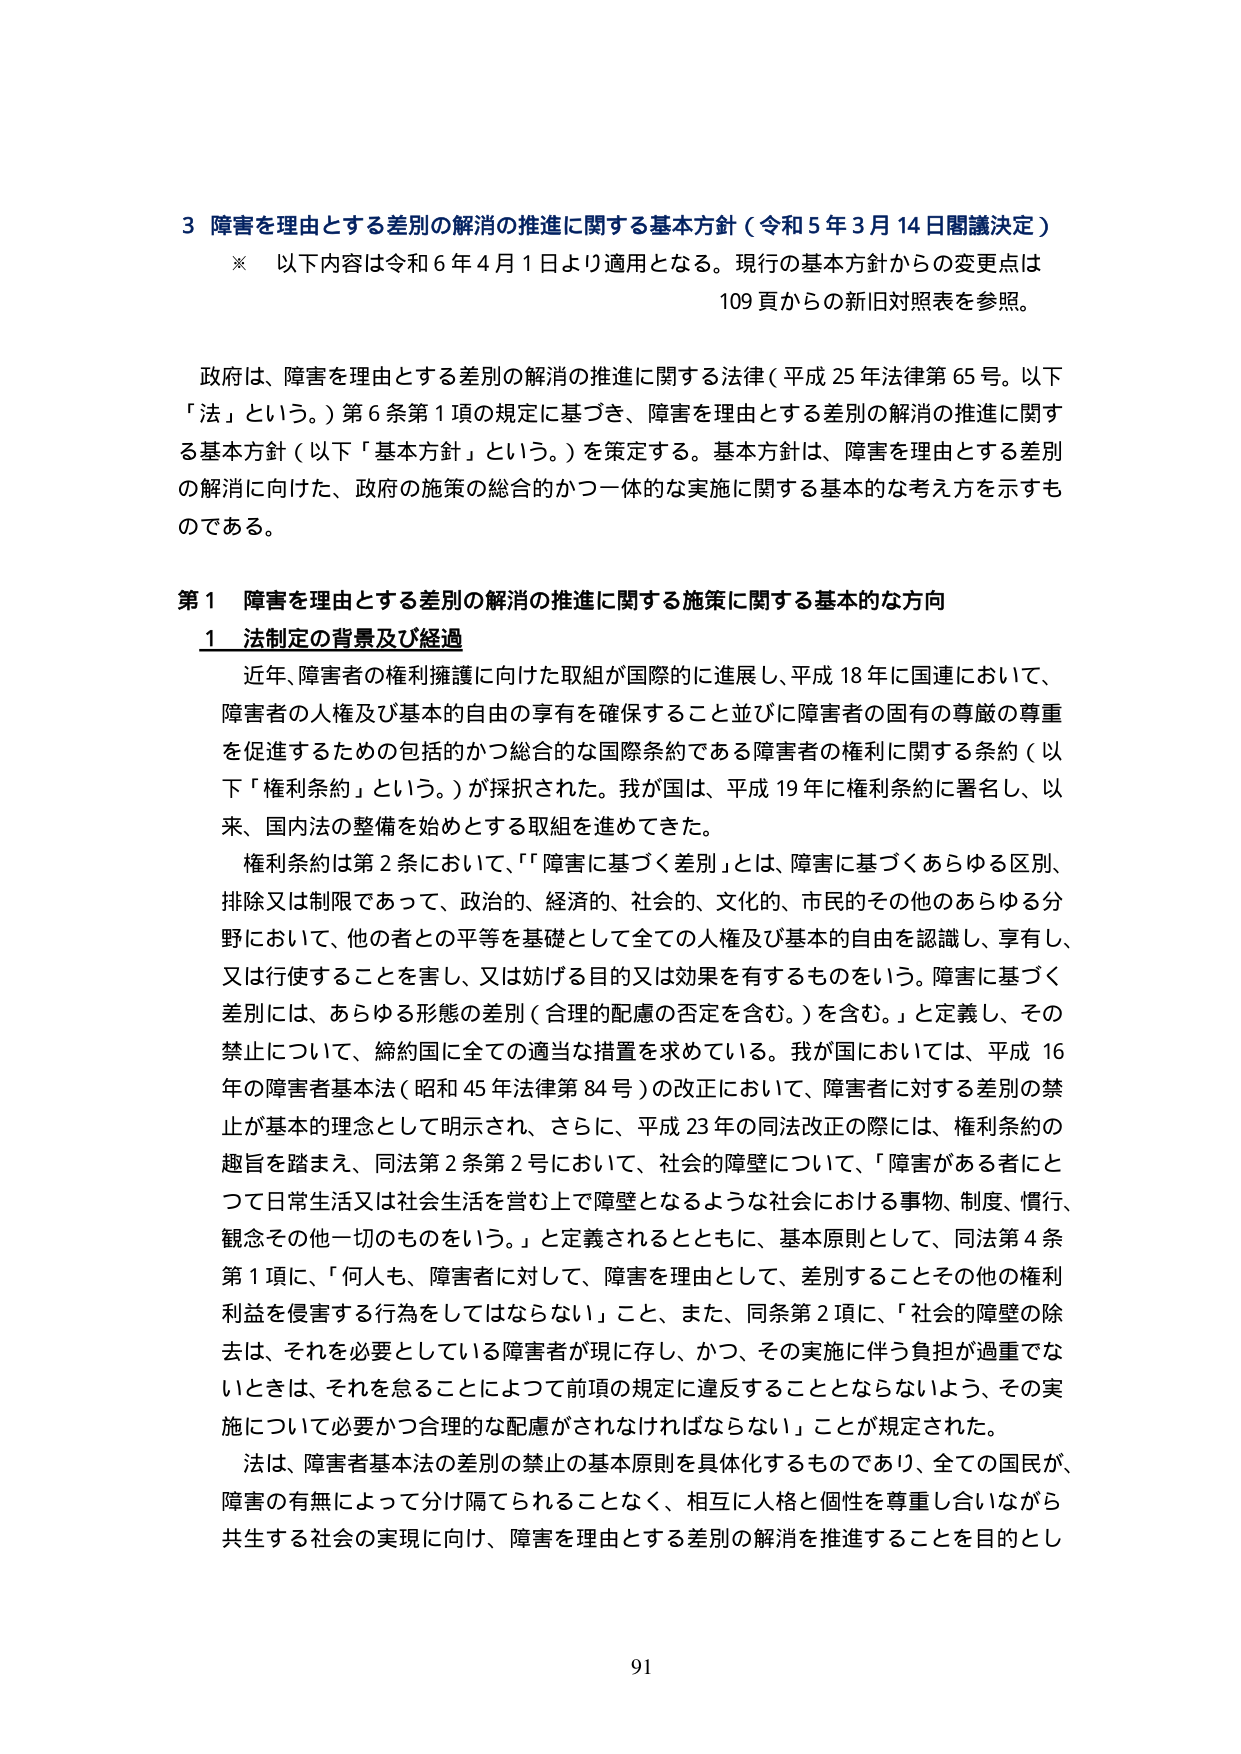
3 障害を理由とする差別の解消の推進に関する基本方針（令和5年3月14日閣議決定）

※ 以下内容は令和6年4月1日より適用となる。現行の基本方針からの変更点は
109頁からの新旧対照表を参照。

政府は、障害を理由とする差別の解消の推進に関する法律（平成25年法律第65号。以下「法」という。）第6条第1項の規定に基づき、障害を理由とする差別の解消の推進に関する基本方針（以下「基本方針」という。）を策定する。基本方針は、障害を理由とする差別の解消に向けた、政府の施策の総合的かつ一体的な実施に関する基本的な考え方を示すものである。

第1 障害を理由とする差別の解消の推進に関する施策に関する基本的な方向

1 法制定の背景及び経過

近年、障害者の権利擁護に向けた取組が国際的に進展し、平成18年に国連において、障害者の人権及び基本的自由の享有を確保すること並びに障害者の固有の尊厳の尊重を促進するための包括的かつ総合的な国際条約である障害者の権利に関する条約（以下「権利条約」という。）が採択された。我が国は、平成19年に権利条約に署名し、以来、国内法の整備を始めとする取組を進めてきた。

権利条約は第2条において、「『障害に基づく差別』とは、障害に基づくあらゆる区別、排除又は制限であって、政治的、経済的、社会的、文化的、市民的その他のあらゆる分野において、他の者との平等を基礎として全ての人権及び基本的自由を認識し、享有し、又は行使することを害し、又は妨げる目的又は効果を有するものをいう。障害に基づく差別には、あらゆる形態の差別（合理的配慮の否定を含む。）を含む。」と定義し、その禁止について、締約国に全ての適当な措置を求めている。我が国においては、平成16年の障害者基本法（昭和45年法律第84号）の改正において、障害者に対する差別の禁止が基本的理念として明示され、さらに、平成23年の同法改正の際には、権利条約の趣旨を踏まえ、同法第2条第2号において、社会的障壁について、「障害がある者にとって日常生活又は社会生活を営む上で障壁となるような社会における事物、制度、慣行、観念その他一切のものをいう。」と定義されるとともに、基本原則として、同法第4条第1項に、「何人も、障害者に対して、障害を理由として、差別することその他の権利利益を侵害する行為をしてはならない」こと、また、同条第2項に、「社会的障壁の除去は、それを必要としている障害者が現に存し、かつ、その実施に伴う負担が過重でないときは、それを怠ることによって前項の規定に違反することとならないよう、その実施について必要かつ合理的な配慮がされなければならない」ことが規定された。

法は、障害者基本法の差別の禁止の基本原則を具体化するものであり、全ての国民が、障害の有無によって分け隔てられることなく、相互に人格と個性を尊重し合いながら共生する社会の実現に向け、障害を理由とする差別の解消を推進することを目的とし

91